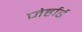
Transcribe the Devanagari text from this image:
जेर्हार्ड